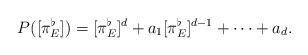
LaTeX: \begin{align*}P([\pi_E^{\flat}])=[\pi_E^\flat]^d+a_1[\pi_E^\flat]^{d-1}+\dots +a_d. \end{align*}